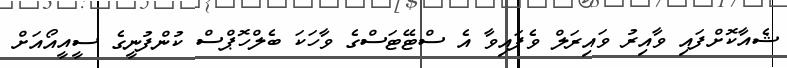
ޝެއާކޮށްފައި ވާއިރު ވައިރަލް ވެފައިވާ އެ ސްޓޭޓަސްގެ ވާހަކަ ބެލްހޮޕްސް ކުންފުނީގެ ސީއީއޯއަށް